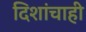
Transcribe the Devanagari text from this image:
दिशांचाही